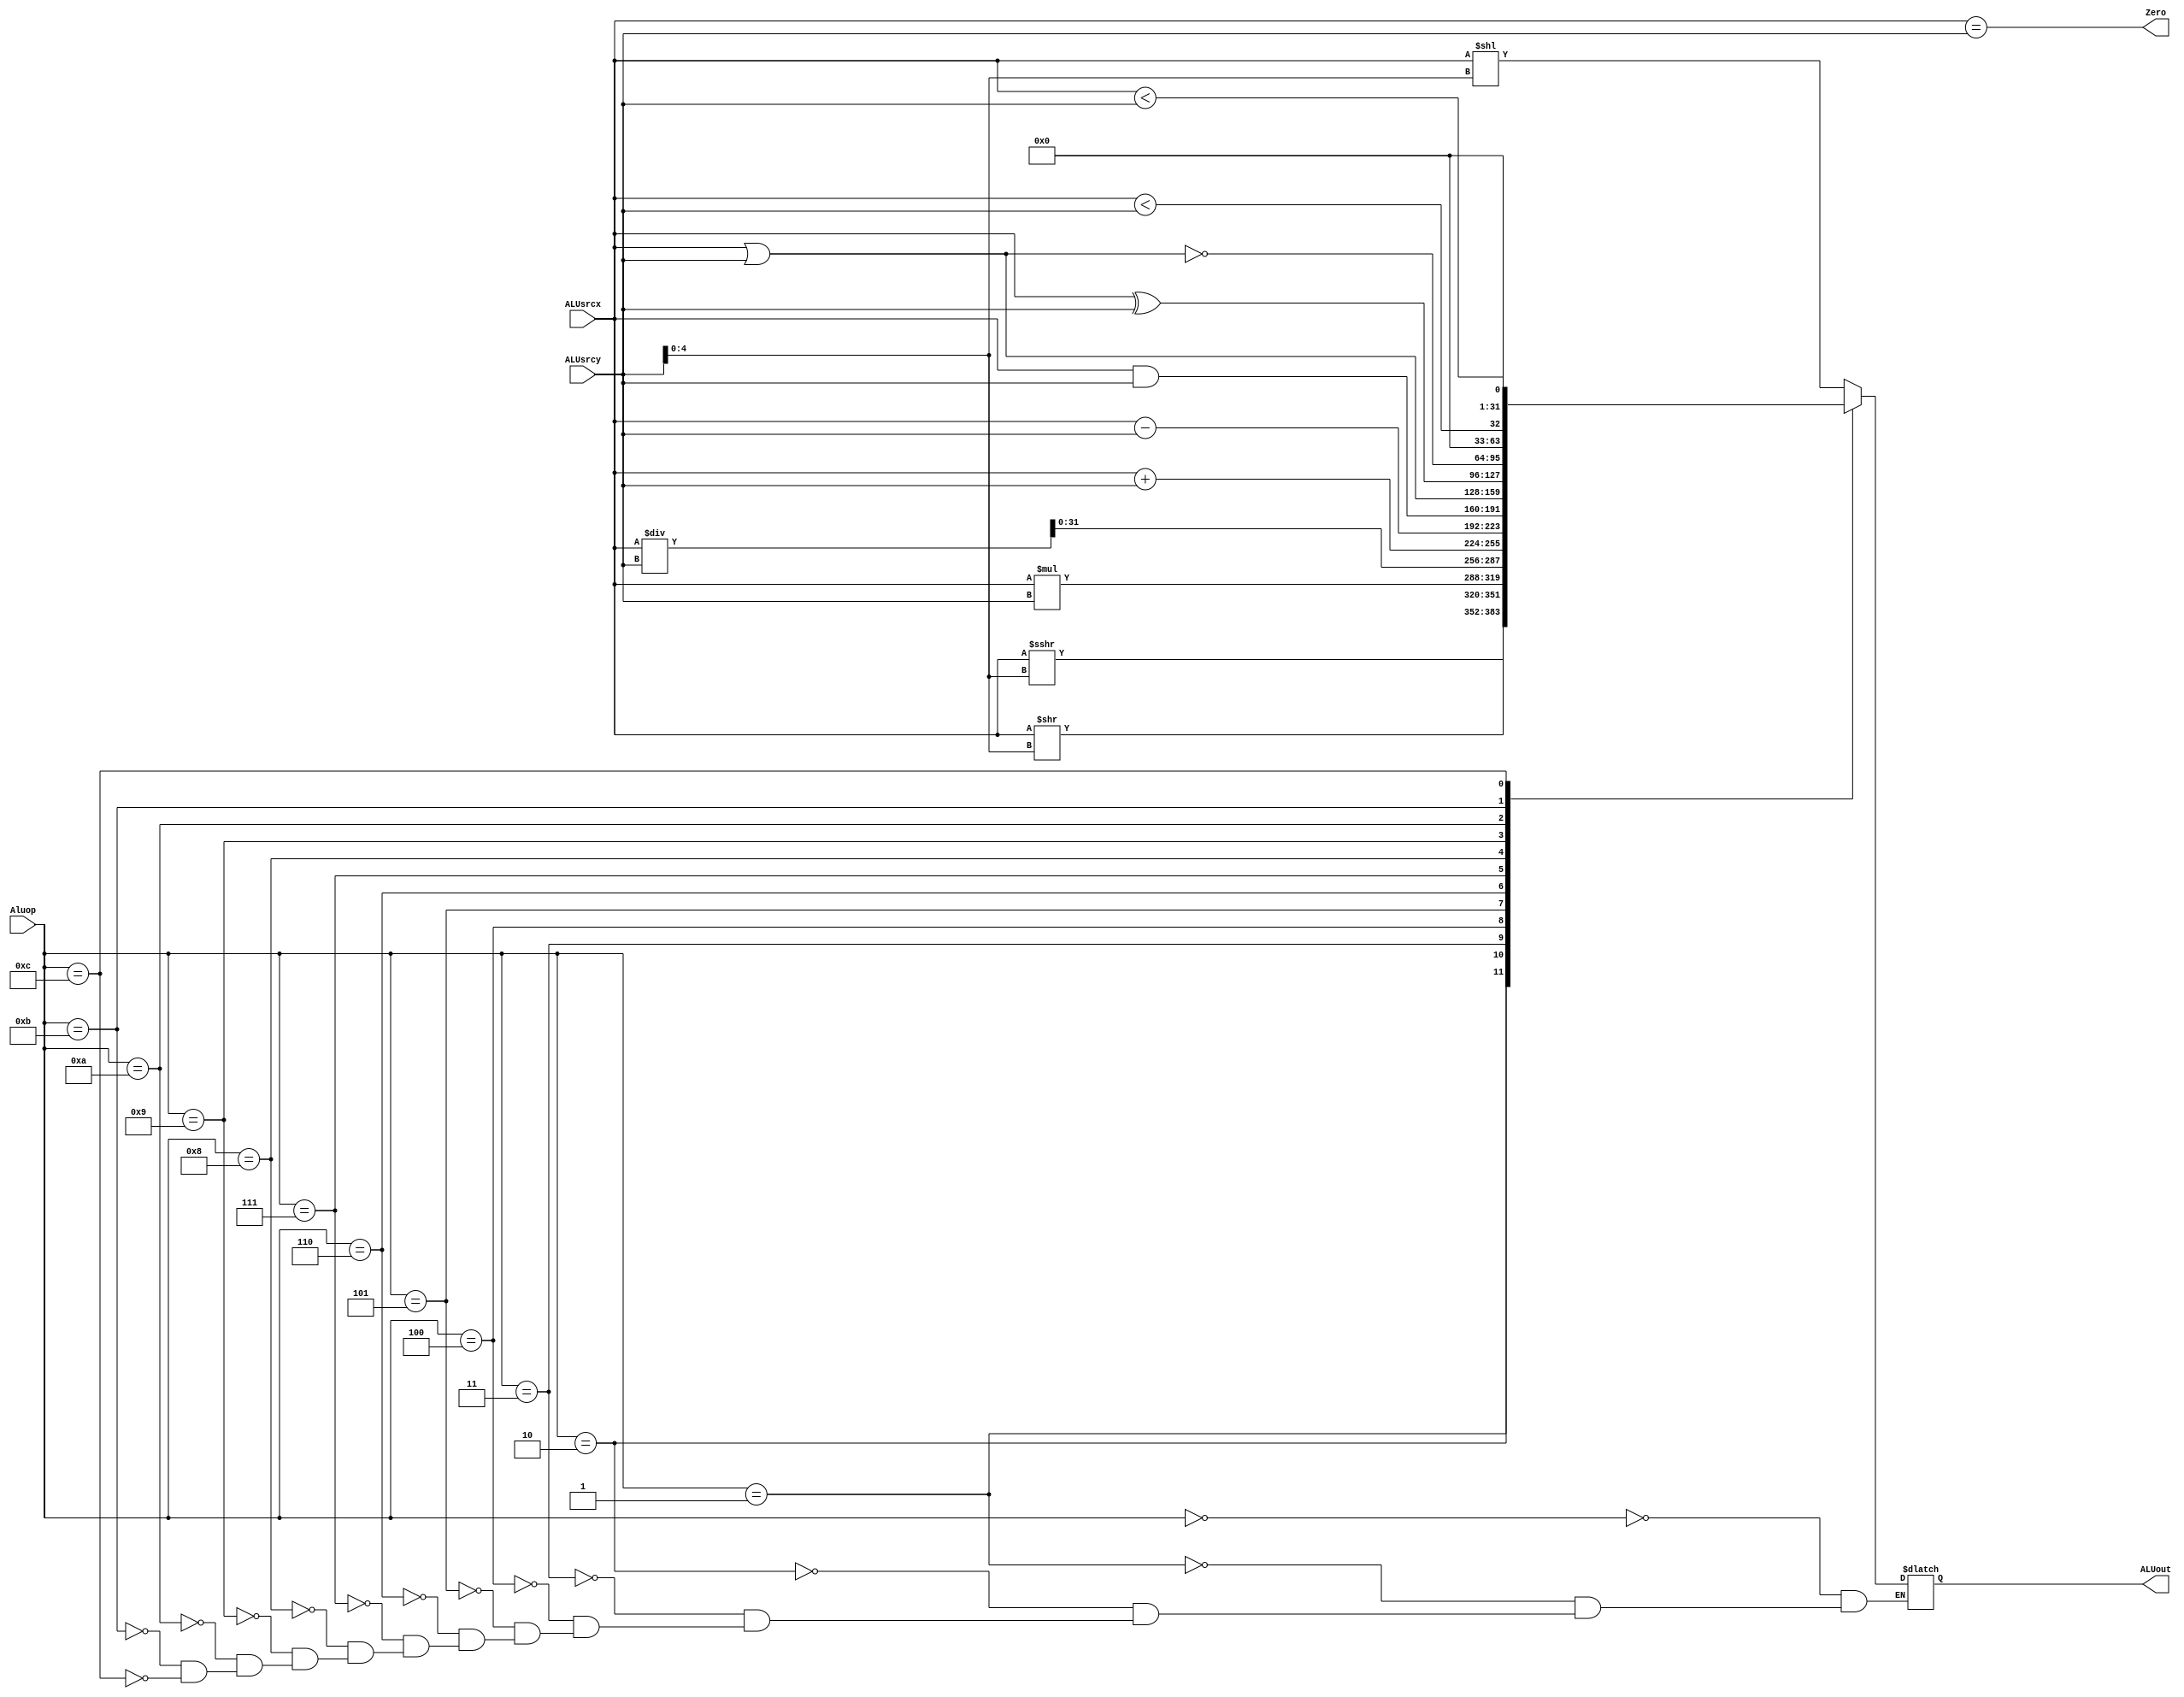
`timescale 1ns / 1ps

module ALU( ALUsrcx,ALUsrcy,Aluop,Zero,ALUout);
input wire [31:0]ALUsrcx,ALUsrcy;
input wire [3:0]Aluop;
output wire Zero;
output reg  [31:0] ALUout;
reg  [31:0] result2;
//reg  cf,of;

initial 
begin
    ALUout<=0;
end

always@(*)
begin 
    case(Aluop)
    0:  ALUout<=(ALUsrcx<<(ALUsrcy[4:0]));
    1:  ALUout<=($signed(ALUsrcx)>>>(ALUsrcy[4:0]));
    2:  ALUout<=(ALUsrcx>>(ALUsrcy[4:0]));
    3:  {result2,ALUout}<=ALUsrcx*ALUsrcy;
    4:  ALUout<=({32'b0,ALUsrcx}/ALUsrcy);    
    5:  begin
        ALUout=ALUsrcx+ALUsrcy;
        //cf=($signed(ALUout)<$signed(ALUsrcx));
        end
    6:  begin
        ALUout=ALUsrcx-ALUsrcy;    
        //cf=($signed(ALUsrcx)<$signed(ALUsrcy));
        end
    7:  ALUout<=ALUsrcx&ALUsrcy;
    8: ALUout<=ALUsrcx|ALUsrcy;  
    9:  ALUout<=ALUsrcx^ALUsrcy;  
    10: ALUout<=~(ALUsrcx|ALUsrcy);  
    11: ALUout<=($signed(ALUsrcx)<$signed(ALUsrcy));
    12: ALUout<=(ALUsrcx<ALUsrcy);   
    default:  ;
    endcase
end

assign Zero=(ALUsrcx==ALUsrcy);
    
endmodule